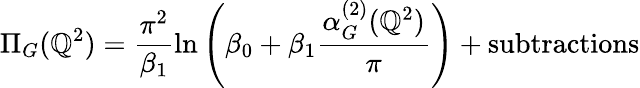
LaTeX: \Pi_{G}(\mathbb{Q}^{2})=\frac{{\pi^{2}}}{{\beta_{1}}}\ln\left(\beta_{0}+\beta_{1}\frac{{\alpha_{G}^{(2)}(\mathbb{Q}^{2})}}{{\pi}}\right)+\mathrm{{subtractions}}